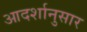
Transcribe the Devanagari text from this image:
आदर्शानुसार